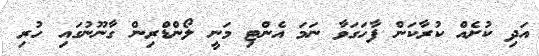
އަދި ކުށެއް ކުރާކަން ފާހަގަވާ ނަމަ އެންޓި މަނީ ލޯންޑްރިން ގާނޫނުގައި ހުރި